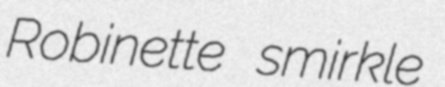
Robinette smirkle